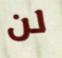
لن